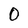
Character: 0